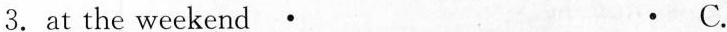
3.at the weekend · · C.